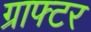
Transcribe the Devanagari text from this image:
ग्राफ्टर